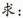
求：